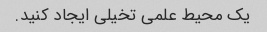
یک محیط علمی تخیلی ایجاد کنید.